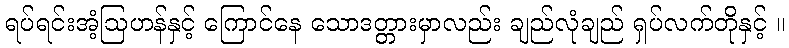
ရပ်ရင်းအံ့ဩဟန်နှင့် ကြောင်နေ သောဒတ္တားမှာလည်း ချည်လုံချည် ရှပ်လက်တိုနှင့် ။